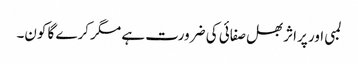
لمبی اور پراثر بھل صفائی کی ضرورت ہے مگر کرے گا کون۔